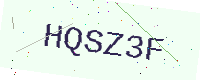
Text: HQSZ3F